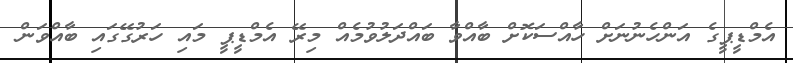
އެމްޑީޕީގެ އަންހެނުނަށް ހާއްސަކޮށް ބާއްވާ ބައްދަލުވުމެއް މިރޭ އެމްޑީޕީ މައި ހަރުގޭގައި ބާއްވަން